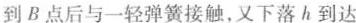
到B点后与一轻弹簧接触，又下落h到达